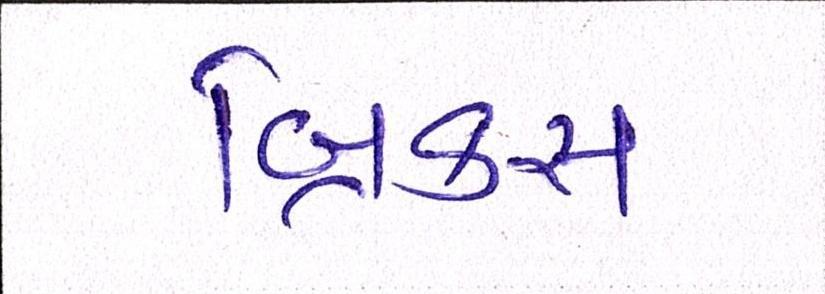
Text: બ્રિક્સ